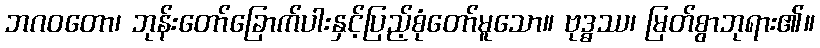
ဘဂဝတော၊ ဘုန်းတော်ခြောက်ပါးနှင့်ပြည့်စုံတော်မူသော။ ဗုဒ္ဓဿ၊ မြတ်စွာဘုရား၏။